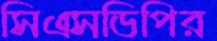
সিএসডিপির